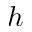
h